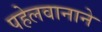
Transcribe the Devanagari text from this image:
पहेलवानाने